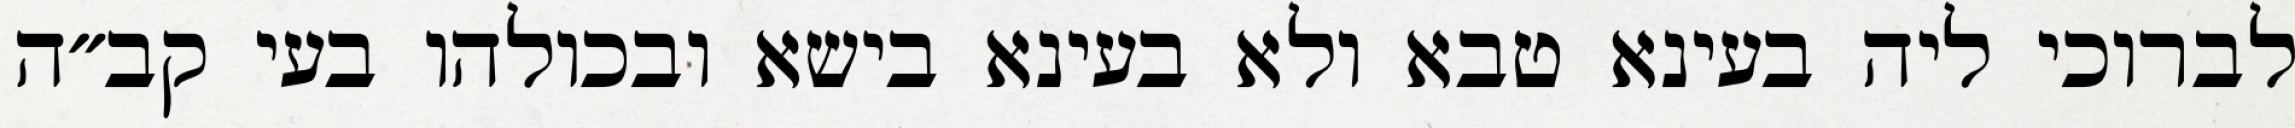
לברוכי ליה בעינא טבא ולא בעינא בישא ובכולהו בעי קב״ה